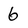
Character: 6